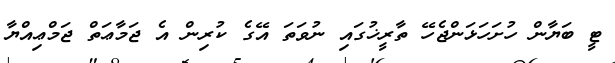
ޓީ ބަޔާން ހުށަހަޅަންޖެހޭ ތާރީޚުގައި ނުވަތަ އޭގެ ކުރިން އެ ޖަމާޢަތް ޖަމްޢިއްޔާ